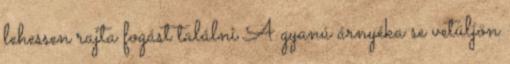
lehessen rajta fogást találni A gyanú árnyéka se vetüljön